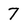
Character: 7